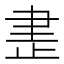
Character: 𰙨